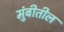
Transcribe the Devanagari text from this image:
मुंबीतील